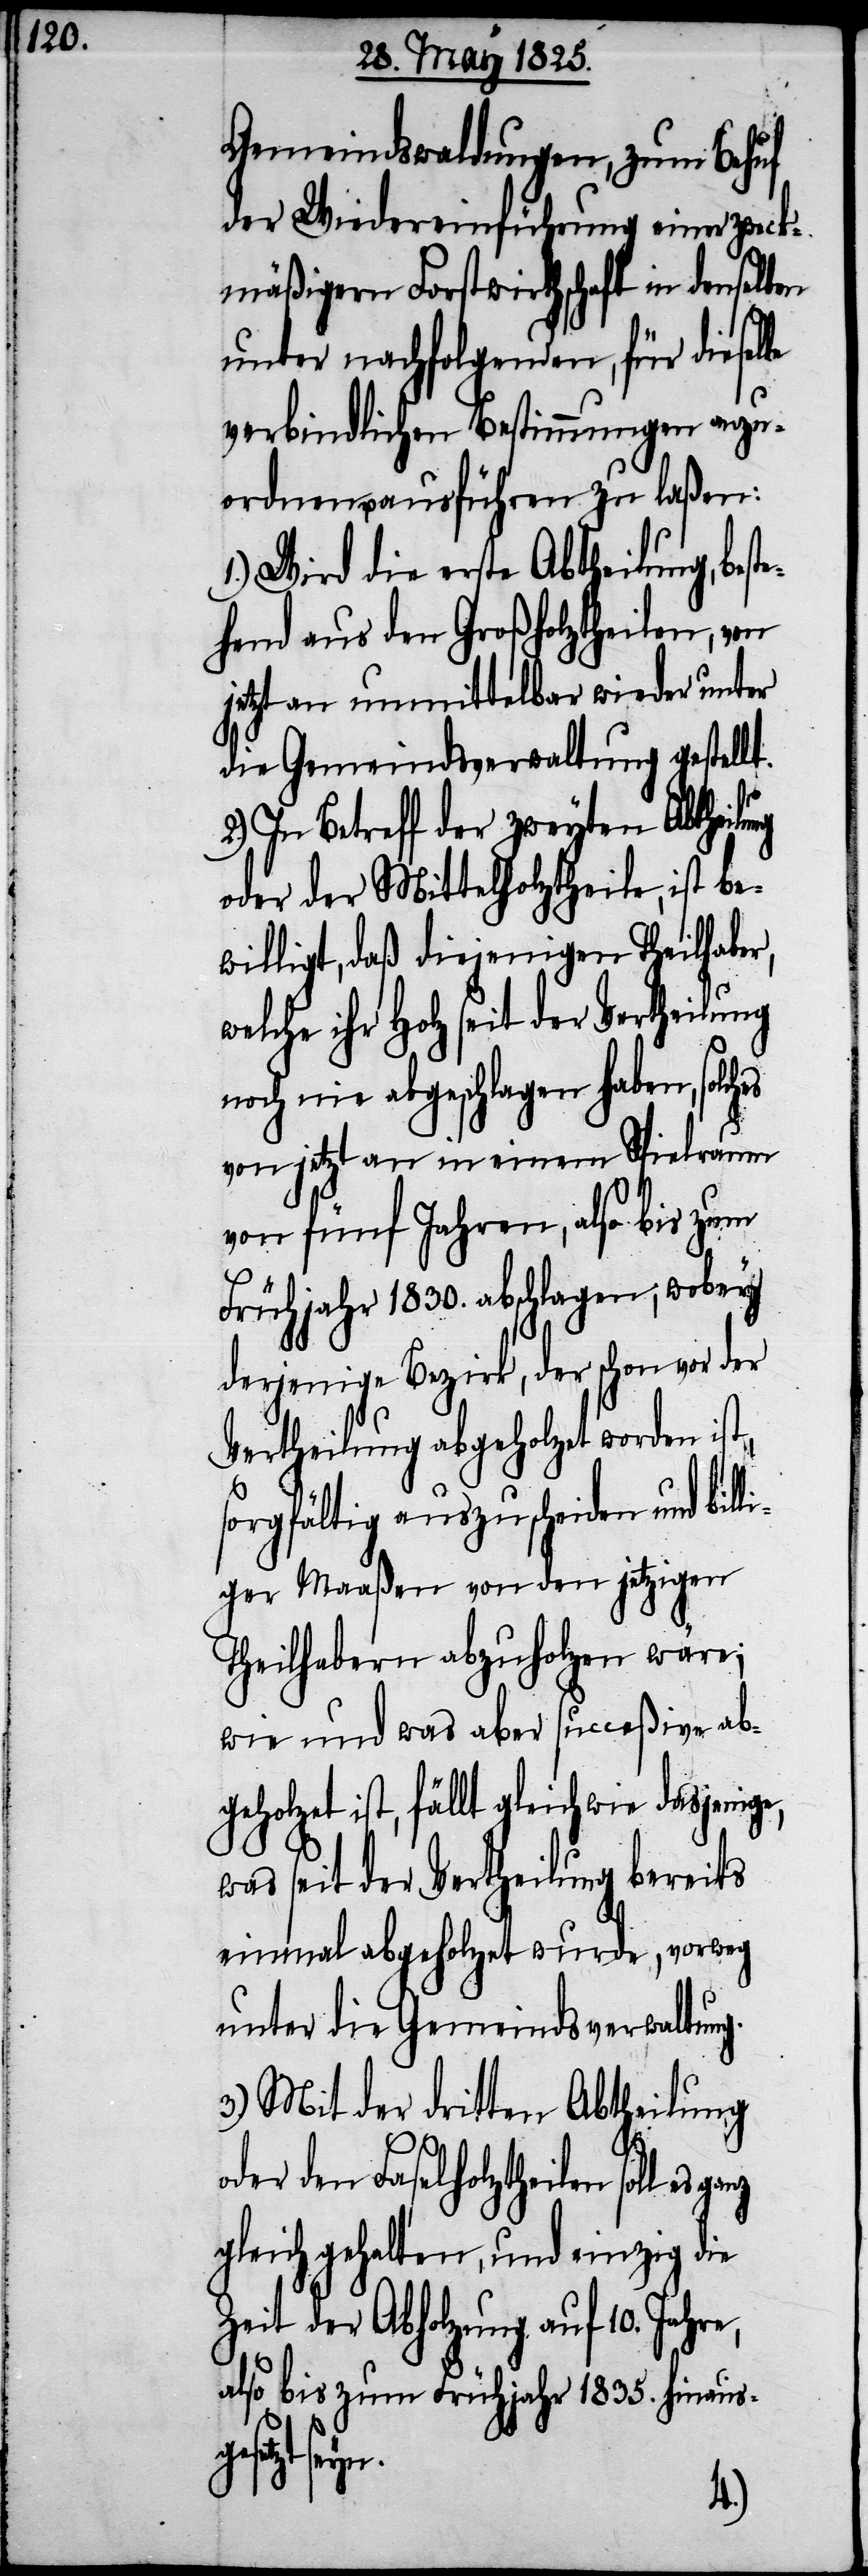
Gemeindswaldungen, zum Behuf
der Wiedereinführung einer zweck¬
mäßigen Forstwirthschaft in denselben
unter nachfolgenden, für dieselbe
verbindlichen Bestimmungen anzu¬
ordnen u. ausführen zu laßen:
1.) Wird die erste Abtheilung, beste¬
hend aus den Großholztheilen, von
jetzt an unmittelbar wieder unter
die Gemeindsverwaltung gestellt.
2.) In Betreff der zweyten Abtheilung
oder der Mittelholztheile, ist be¬
willigt, daß diejenigen Theilhaber,
welche ihr Holz seit der Vertheilung
noch nie abgeschlagen haben,
von jetzt an in einem Spielraum
von fünf Jahren, also bis zum
Frühjahr 1830. abschlagen, wobey
derjenige Bezirk, der schon vor der
Vertheilung abgeholzt worden ist,
sorgfältig auszuscheiden und bil¬
liger Maaßen von den jetzigen
Theilhabern abzuholzen wäre;
wie und was aber succeßive ab¬
geholzt ist, fällt gleich wie dasjenige,
was seit der Vertheilung bereits
einmal abgeholzt wurde, vorweg
unter die Gemeindsverwaltung.
3.) Mit der dritten Abtheilung
e,
oder den Faselholztheilen soll es
gleichgehalten und einzig die
Zeit der Abholzung auf 10. Jahr¬
also bis zum Frühjahr 1835. hinausge¬
setzt seyn.